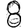
Digit: 8